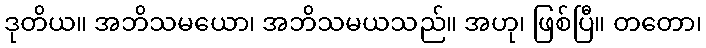
ဒုတိယ။ အဘိသမယော၊ အဘိသမယသည်။ အဟု၊ ဖြစ်ပြီ။ တတော၊